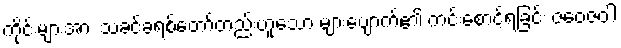
ကိုင်းများအား သခင်ခရစ်တော်တည်းဟူသော များပျောက်၏ ကင်းစောင့်ရခြင်း ဇဝေဇဝါ